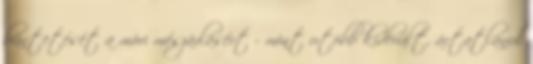
büntetését a móri mészárlásért - mint utóbb kiderült, ártatlanul